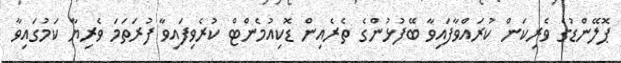
ޕޮލޭންޑުގެ ވެރިކަން ކުރައްވާފައިވާ ބޭފުޅުންގެ ތެރެއިން ޑޮކިއުމެންޓް ކުރެވިފައިވާ ފުރަތަމަ ވެރިޔާ ކަމުގައިވާ